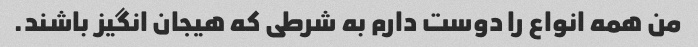
من همه انواع را دوست دارم به شرطی که هیجان انگیز باشند.